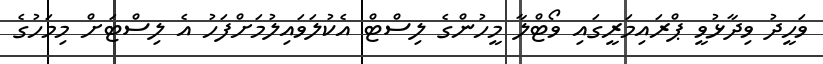
ވަހީދު ވިދާޅުވީ ޕްރައިމަރީގައި ވޯޓްލާ މީހުންގެ ލިސްޓް އެކުލަވައިލުމަށްފަހު އެ ލިސްޓަށް މިމަހުގެ